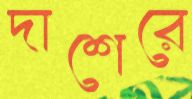
দাশেরে